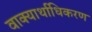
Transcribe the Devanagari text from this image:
वाक्यार्थाधिकरण